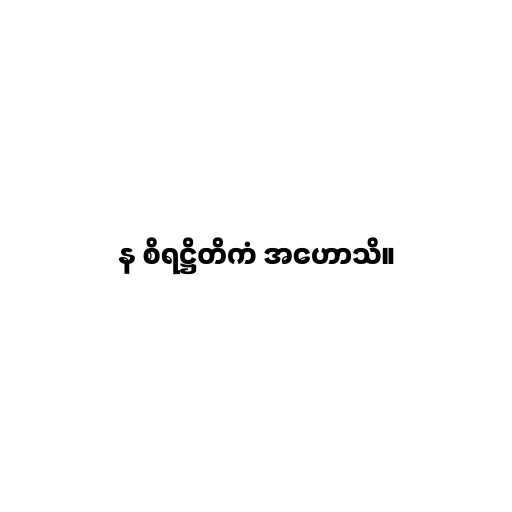
န စိရဋ္ဌိတိကံ အဟောသိ။